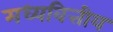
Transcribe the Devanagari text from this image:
मध्यवित्तीय